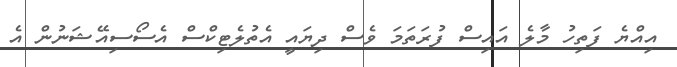
އިއްޔެ ފަތިހު މާލެ އައިސް ފުރަތަމަ ވެސް ދިޔައީ އެތުލެޓިކްސް އެސޯސިއޭޝަނުން އެ